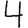
Digit: 4